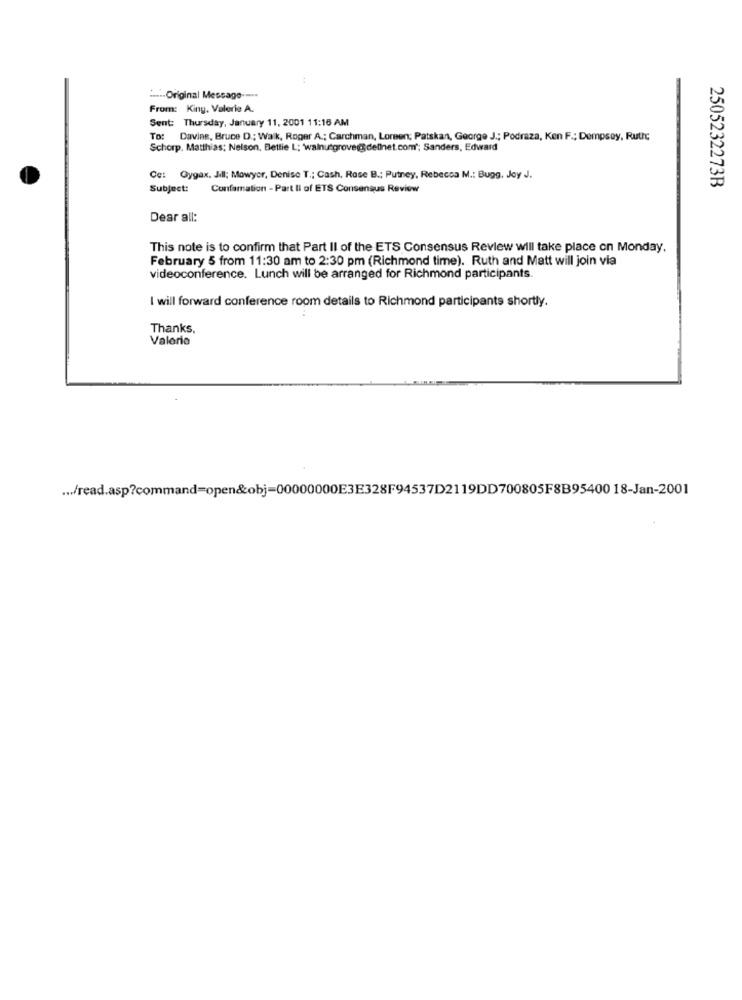
---- Original Message --..
From: King. Valerie A.
Sent: Thursday, January 11, 2001 11:16 AM
To: Davine, Bruce D .; Walk, Roger A .; Carchman, Loreen; Patskan, George J .; Podraza, Ken F .; Dempsey, Ruth
Schorp. Matthias; Nelson, Bettie L; walnutgrove@ dellnet.com"; Sanders, Edward
Ce: Gygax. Jil; Mowyor, Denise T .; Cash, Rase B .; Putney, Rebecca M .: Bugg, Joy J.
Subject: Confamation - Part li of ETS Consensus Review
2505232273B
Dear all:
This note is to confirm that Part II of the ETS Consensus Review will take place on Monday.
February 5 from 11:30 am to 2:30 pm (Richmond time). Ruth and Matt will join via
videoconference. Lunch will be arranged for Richmond participants.
I will forward conference room details to Richmond participants shortly.
Thanks.
Valerie
... /read.asp?command=open&obj-00000000E3E328F94537D2119DD700805F8B95400 18-Jan-2001